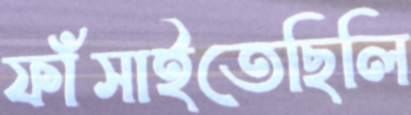
ফাঁসাইতেছিলি